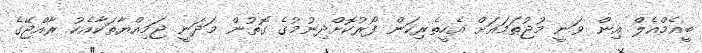
ބީއެމްއެލް އިން ވަނީ މުޖުތަމައަށް އެހީތެރިކަން ފޯރުކޮށްދިނުމުގެ ގޮތުން މަދަނީ ޖަމިއްޔާތަކާއެކު ރާއްޖޭގެ